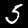
Label: 5